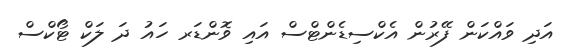
އަދި ވައްކަން ފޭރުން އެކްސިޑެންޓްސް އައި ވޮންޑަރ ހައު ދަ ލަކް ޓޯކްސް